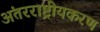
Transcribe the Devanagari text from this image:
अंतरराष्ट्रीयकरण